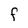
Character: f